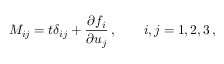
M _ { i j } = t \delta _ { i j } + \frac { \partial f _ { i } } { \partial u _ { j } } \, , \qquad i , j = 1 , 2 , 3 \, ,